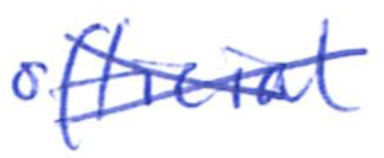
Text: official
Cross-out: cross
Writing tool: ballpoint